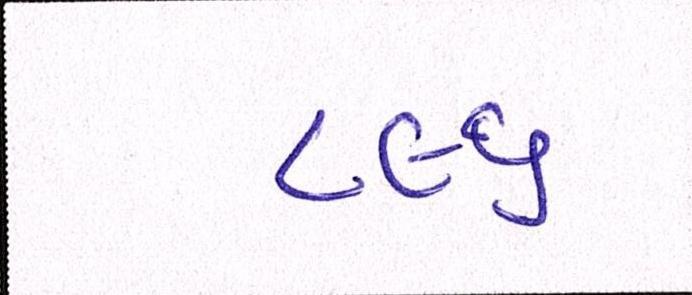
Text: ૮૯૬